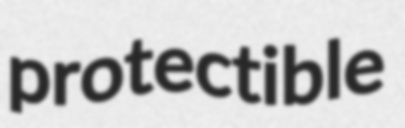
protectible